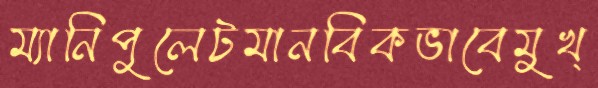
ম্যানিপুলেটমানবিকভাবেমুখ্